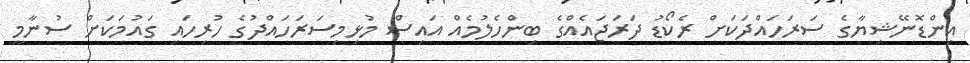
އިންޑޮނޭޝިޔާގެ ސަރަހައްދަކަށް ރެކޯޑު ދަރަޖައެއްގެ ބިންހެލުމެއް އައިސް މުޅިމިސަރަހައްދުގެ ހުރިހައި ގައުމަކަށް ސުނާމީ